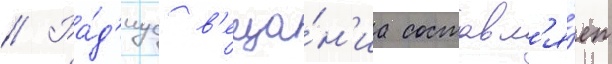
// Ра́д'иус в'еща́н'иа составл'я́ет